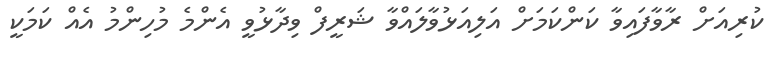
ކުރިއަށް ރާވާފައިވާ ކަންކަމަށް އަލިއަޅުވާލައްވާ ޝަރީފް ވިދާޅުވީ އެންމެ މުހިންމު އެއް ކަމަކީ